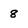
Character: 8